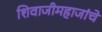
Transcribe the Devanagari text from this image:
शिवाजीमहाजांचे